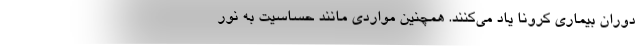
دوران بیماری کرونا یاد می‌کنند. همچنین مواردی مانند حساسیت به نور